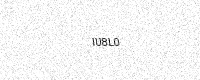
Text: IU8L0